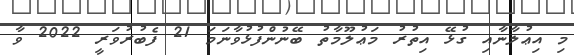
މި އިޢުލާނާއި ގުޅޭ އިތުރު މަޢުލޫމާތު ބޭނުންފުޅުވާނަމަ 21 ފެބުރުވަރީ 2022 ވާ